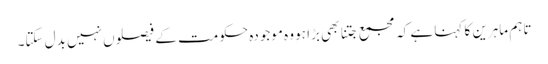
تاہم ماہرین کا کہنا ہے کہ مجمع جتنا بھی بڑا ہو وہ موجودہ حکومت کے فیصلوں نہیں بدل سکتا۔